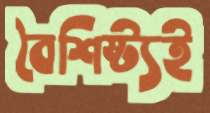
বৈশিষ্ট্যই